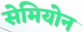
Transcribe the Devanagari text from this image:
सेमियोन